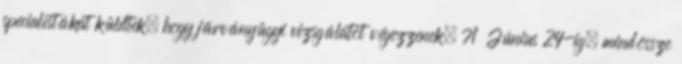
specialistákat küldtek, hogy járványügyi vizsgálatot végezzenek. 71 Június 24-ig, mindössze